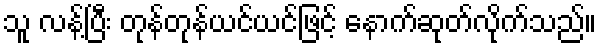
သူ လန့်ပြီး တုန်တုန်ယင်ယင်ဖြင့် နောက်ဆုတ်လိုက်သည်။